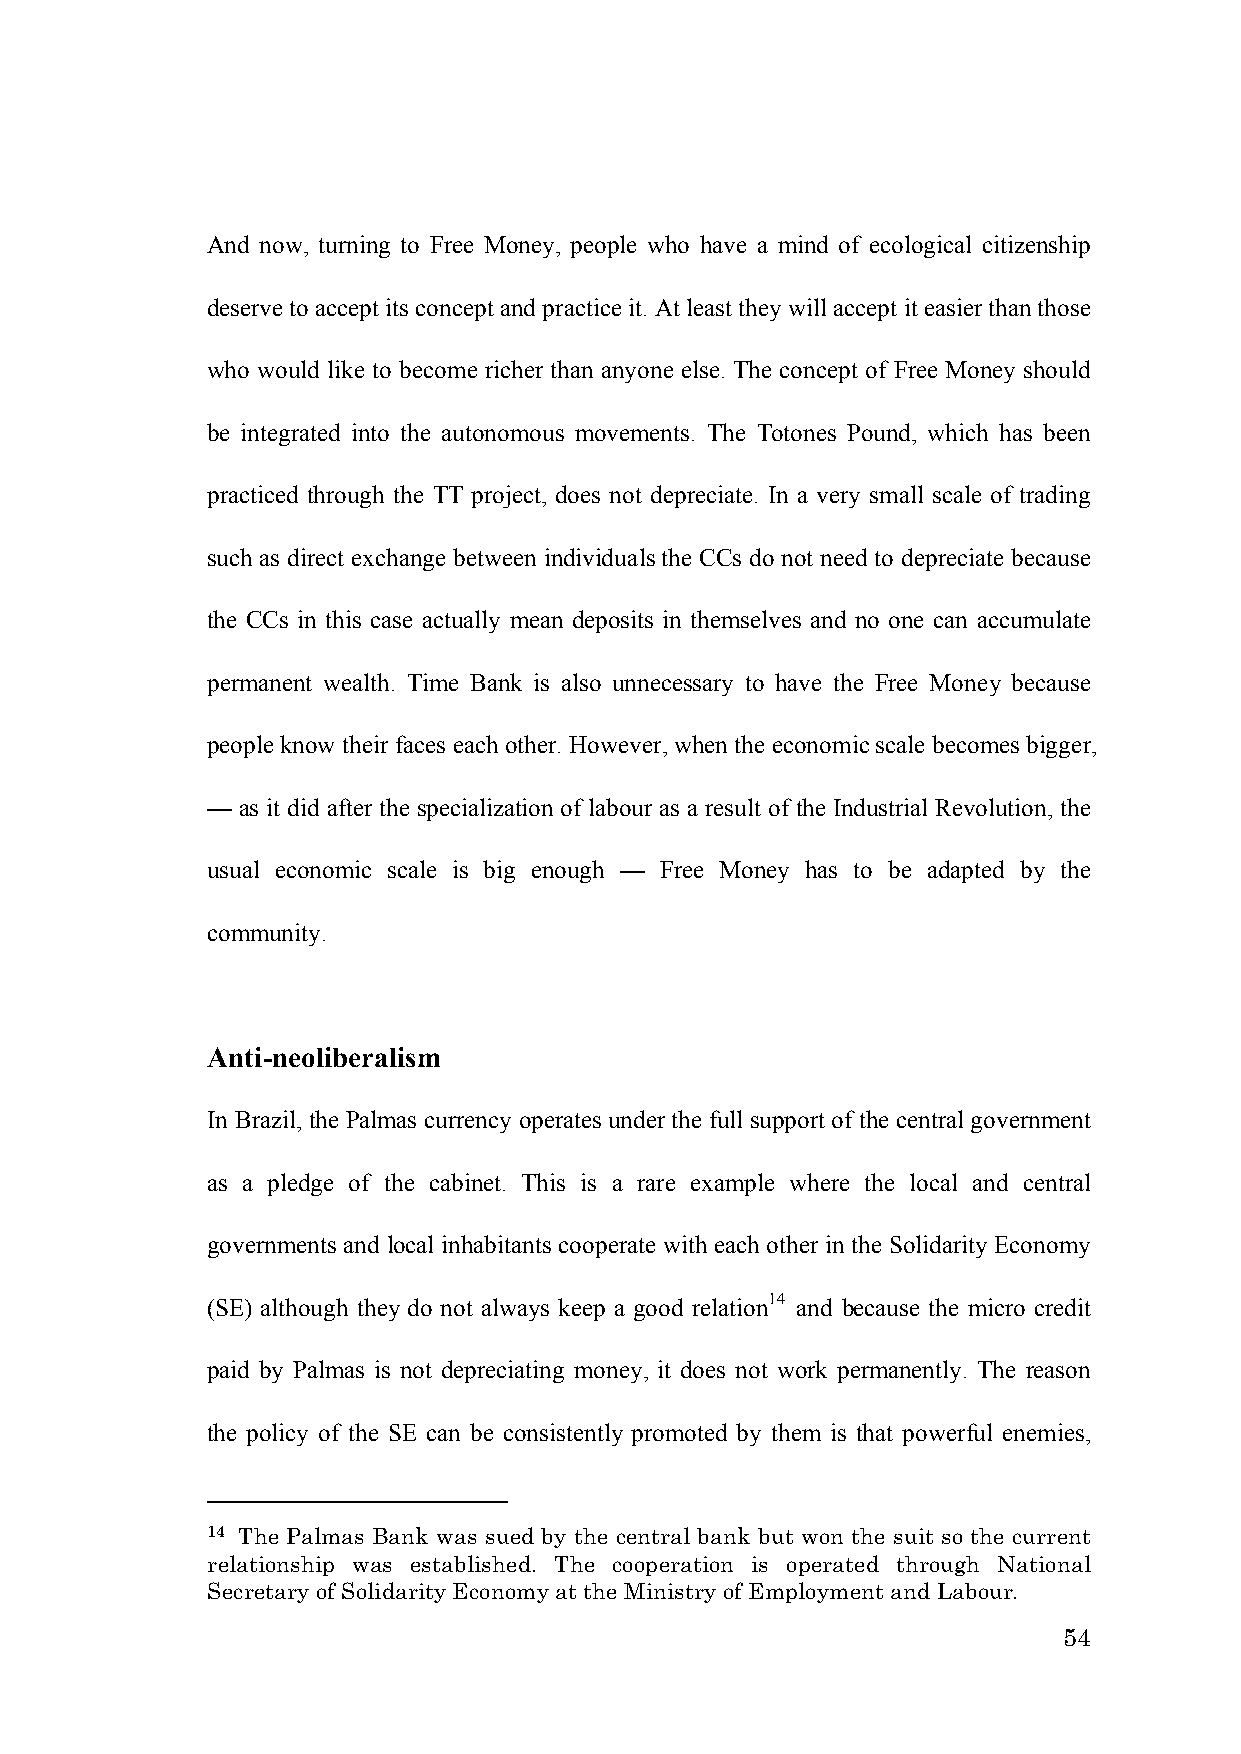
And now, turning to Free Money, people who have a mind of ecological citizenship
 deserve to accept its concept and practice it. At least they will accept it easier than those
 who would like to become richer than anyone else. The concept of Free Money should
 be integrated into the autonomous movements. The Totones Pound, which has been
 practiced through the TT project, does not depreciate. In a very small scale of trading
 such as direct exchange between individuals the CCs do not need to depreciate because
 the CCs in this case actually mean deposits in themselves and no one can accumulate
 permanent wealth. Time Bank is also unnecessary to have the Free Money because
 people know their faces each other. However, when the economic scale becomes bigger,
 — as it did after the specialization of labour as a result of the Industrial Revolution, the
 usual economic scale is big enough — Free Money has to be adapted by the
 community.
 Anti-neoliberalism
 In Brazil, the Palmas currency operates under the full support of the central government
 as a pledge of the cabinet. This is a rare example where the local and central
 governments and local inhabitants cooperate with each other in the Solidarity Economy
 (SE) although they do not always keep a good relation14 and because the micro credit
 paid by Palmas is not depreciating money, it does not work permanently. The reason
 the policy of the SE can be consistently promoted by them is that powerful enemies,
 14 The Palmas Bank was sued by the central bank but won the suit so the current
 relationship was established. The cooperation is operated through National
 Secretary of Solidarity Economy at the Ministry of Employment and Labour.
 54